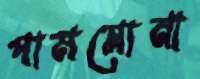
পামপ্লোনা